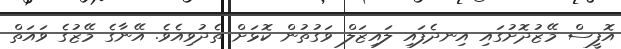
އޮފީސް މޭޒުދޮށުގައި އިނދެފައި ލައިޒަލް ވަގުތުން ކޮޅަށް ތެދުވިއެވެ. އޭނާގެ މޭޒުގެ ވައަތް